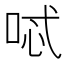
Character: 𠴆